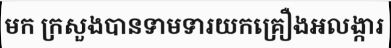
មក ក្រសួងបានទាមទារយកគ្រឿងអលង្ការ